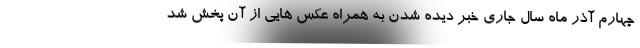
چهارم آذر ماه سال جاری خبر دیده شدن به همراه عکس هایی از آن پخش شد